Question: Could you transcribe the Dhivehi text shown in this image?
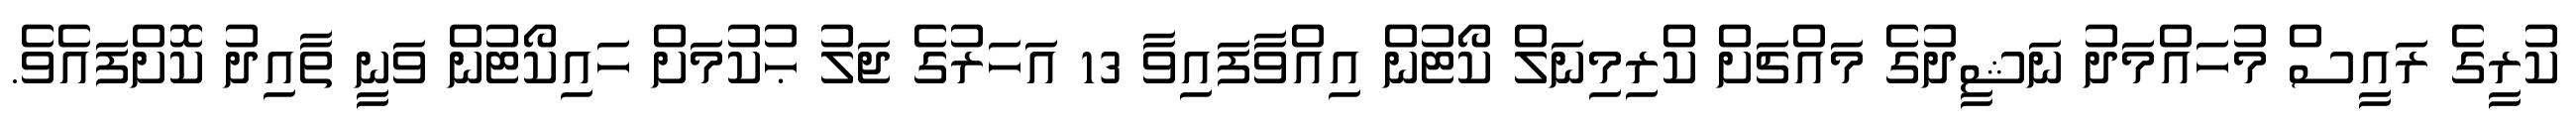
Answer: ކުރީގެ ރައީސް މުހައްމަދު ނަޝީދުގެ މައްޗަށް ކްރިމިނަލް ކޯޓުން އިއްވާފައިވާ 13 އަހަރުގެ ޖަލު ޙުކުމަށް ހައިކޯޓުން ވަނީ ތާއިދު ކޮށްފައެވެ.